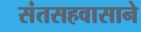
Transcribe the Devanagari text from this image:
संतसहवासाने